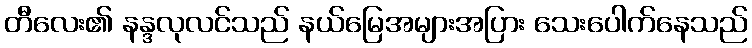
တီလေး၏ နန္ဒလုလင်သည် နယ်မြေအများအပြား သေးပေါက်နေသည်